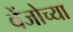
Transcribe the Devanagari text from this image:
बेंजोच्या